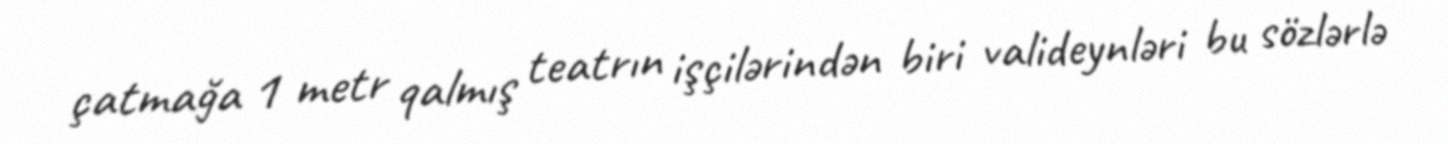
çatmağa 1 metr qalmış teatrın işçilərindən biri valideynləri bu sözlərlə